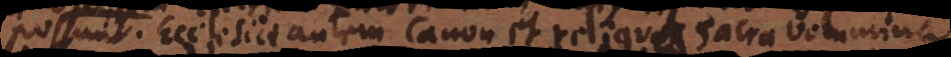
possunt. Ecclesiae autem Canon et reliqua sacra volumina